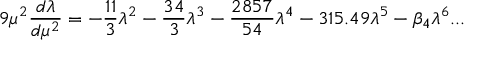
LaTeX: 9 \mu ^ { 2 } \frac { d \lambda } { d \mu ^ { 2 } } = - \frac { 1 1 } { 3 } \lambda ^ { 2 } - \frac { 3 4 } { 3 } \lambda ^ { 3 } - \frac { 2 8 5 7 } { 5 4 } \lambda ^ { 4 } - 3 1 5 . 4 9 \lambda ^ { 5 } - \beta _ { 4 } \lambda ^ { 6 } . . .